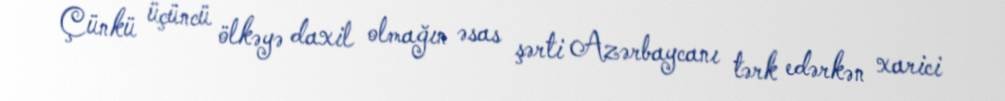
Çünkü üçüncü ölkəyə daxil olmağın əsas şərti Azərbaycanı tərk edərkən xarici